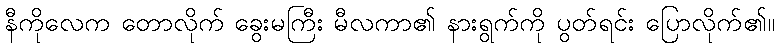
နီကိုလေက တောလိုက် ခွေးမကြီး မီလကာ၏ နားရွက်ကို ပွတ်ရင်း ပြောလိုက်၏။